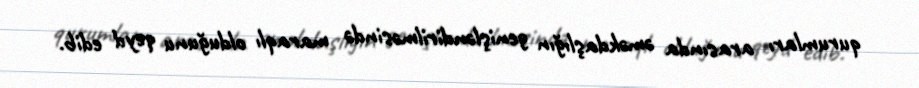
qurumları arasında əməkdaşlığın genişləndirilməsində maraqlı olduğunu qeyd edib.